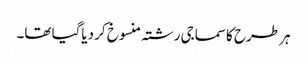
ہر طرح کا سماجی رشتہ منسوخ کر دیاگیا تھا۔